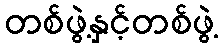
တစ်ဖွဲ့နှင့်တစ်ဖွဲ့